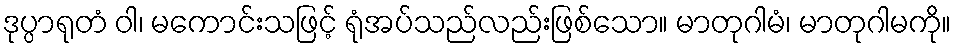
ဒုပ္ပာရုတံ ဝါ၊ မကောင်းသဖြင့် ရုံအပ်သည်လည်းဖြစ်သော။ မာတုဂါမံ၊ မာတုဂါမကို။